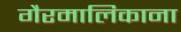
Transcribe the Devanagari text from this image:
गैरमालिकाना